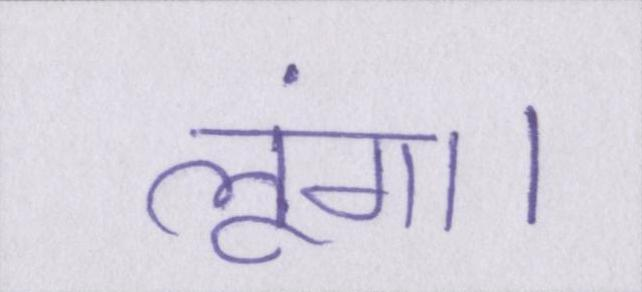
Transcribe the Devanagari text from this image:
लूंगा।